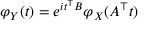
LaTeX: \varphi _ { Y } ( t ) = e ^ { i t ^ { \top } B } \varphi _ { X } ( A ^ { \top } t )